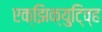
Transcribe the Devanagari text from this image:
एक्झिक्युटि्व्ह